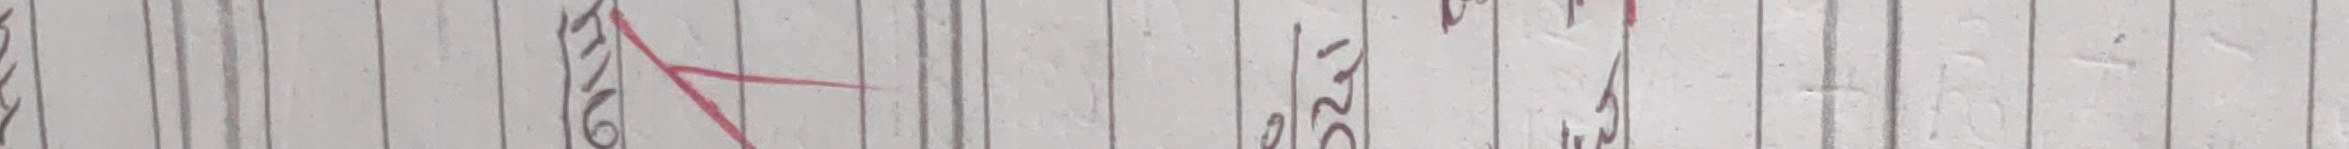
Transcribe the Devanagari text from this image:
लेखा